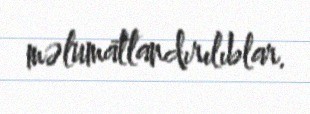
məlumatlandırılıblar.